DOW-UAP-D48, Department of the Air Force Report, 1996
Agency: Department of War
Incident date: 9/10/96
Page 97
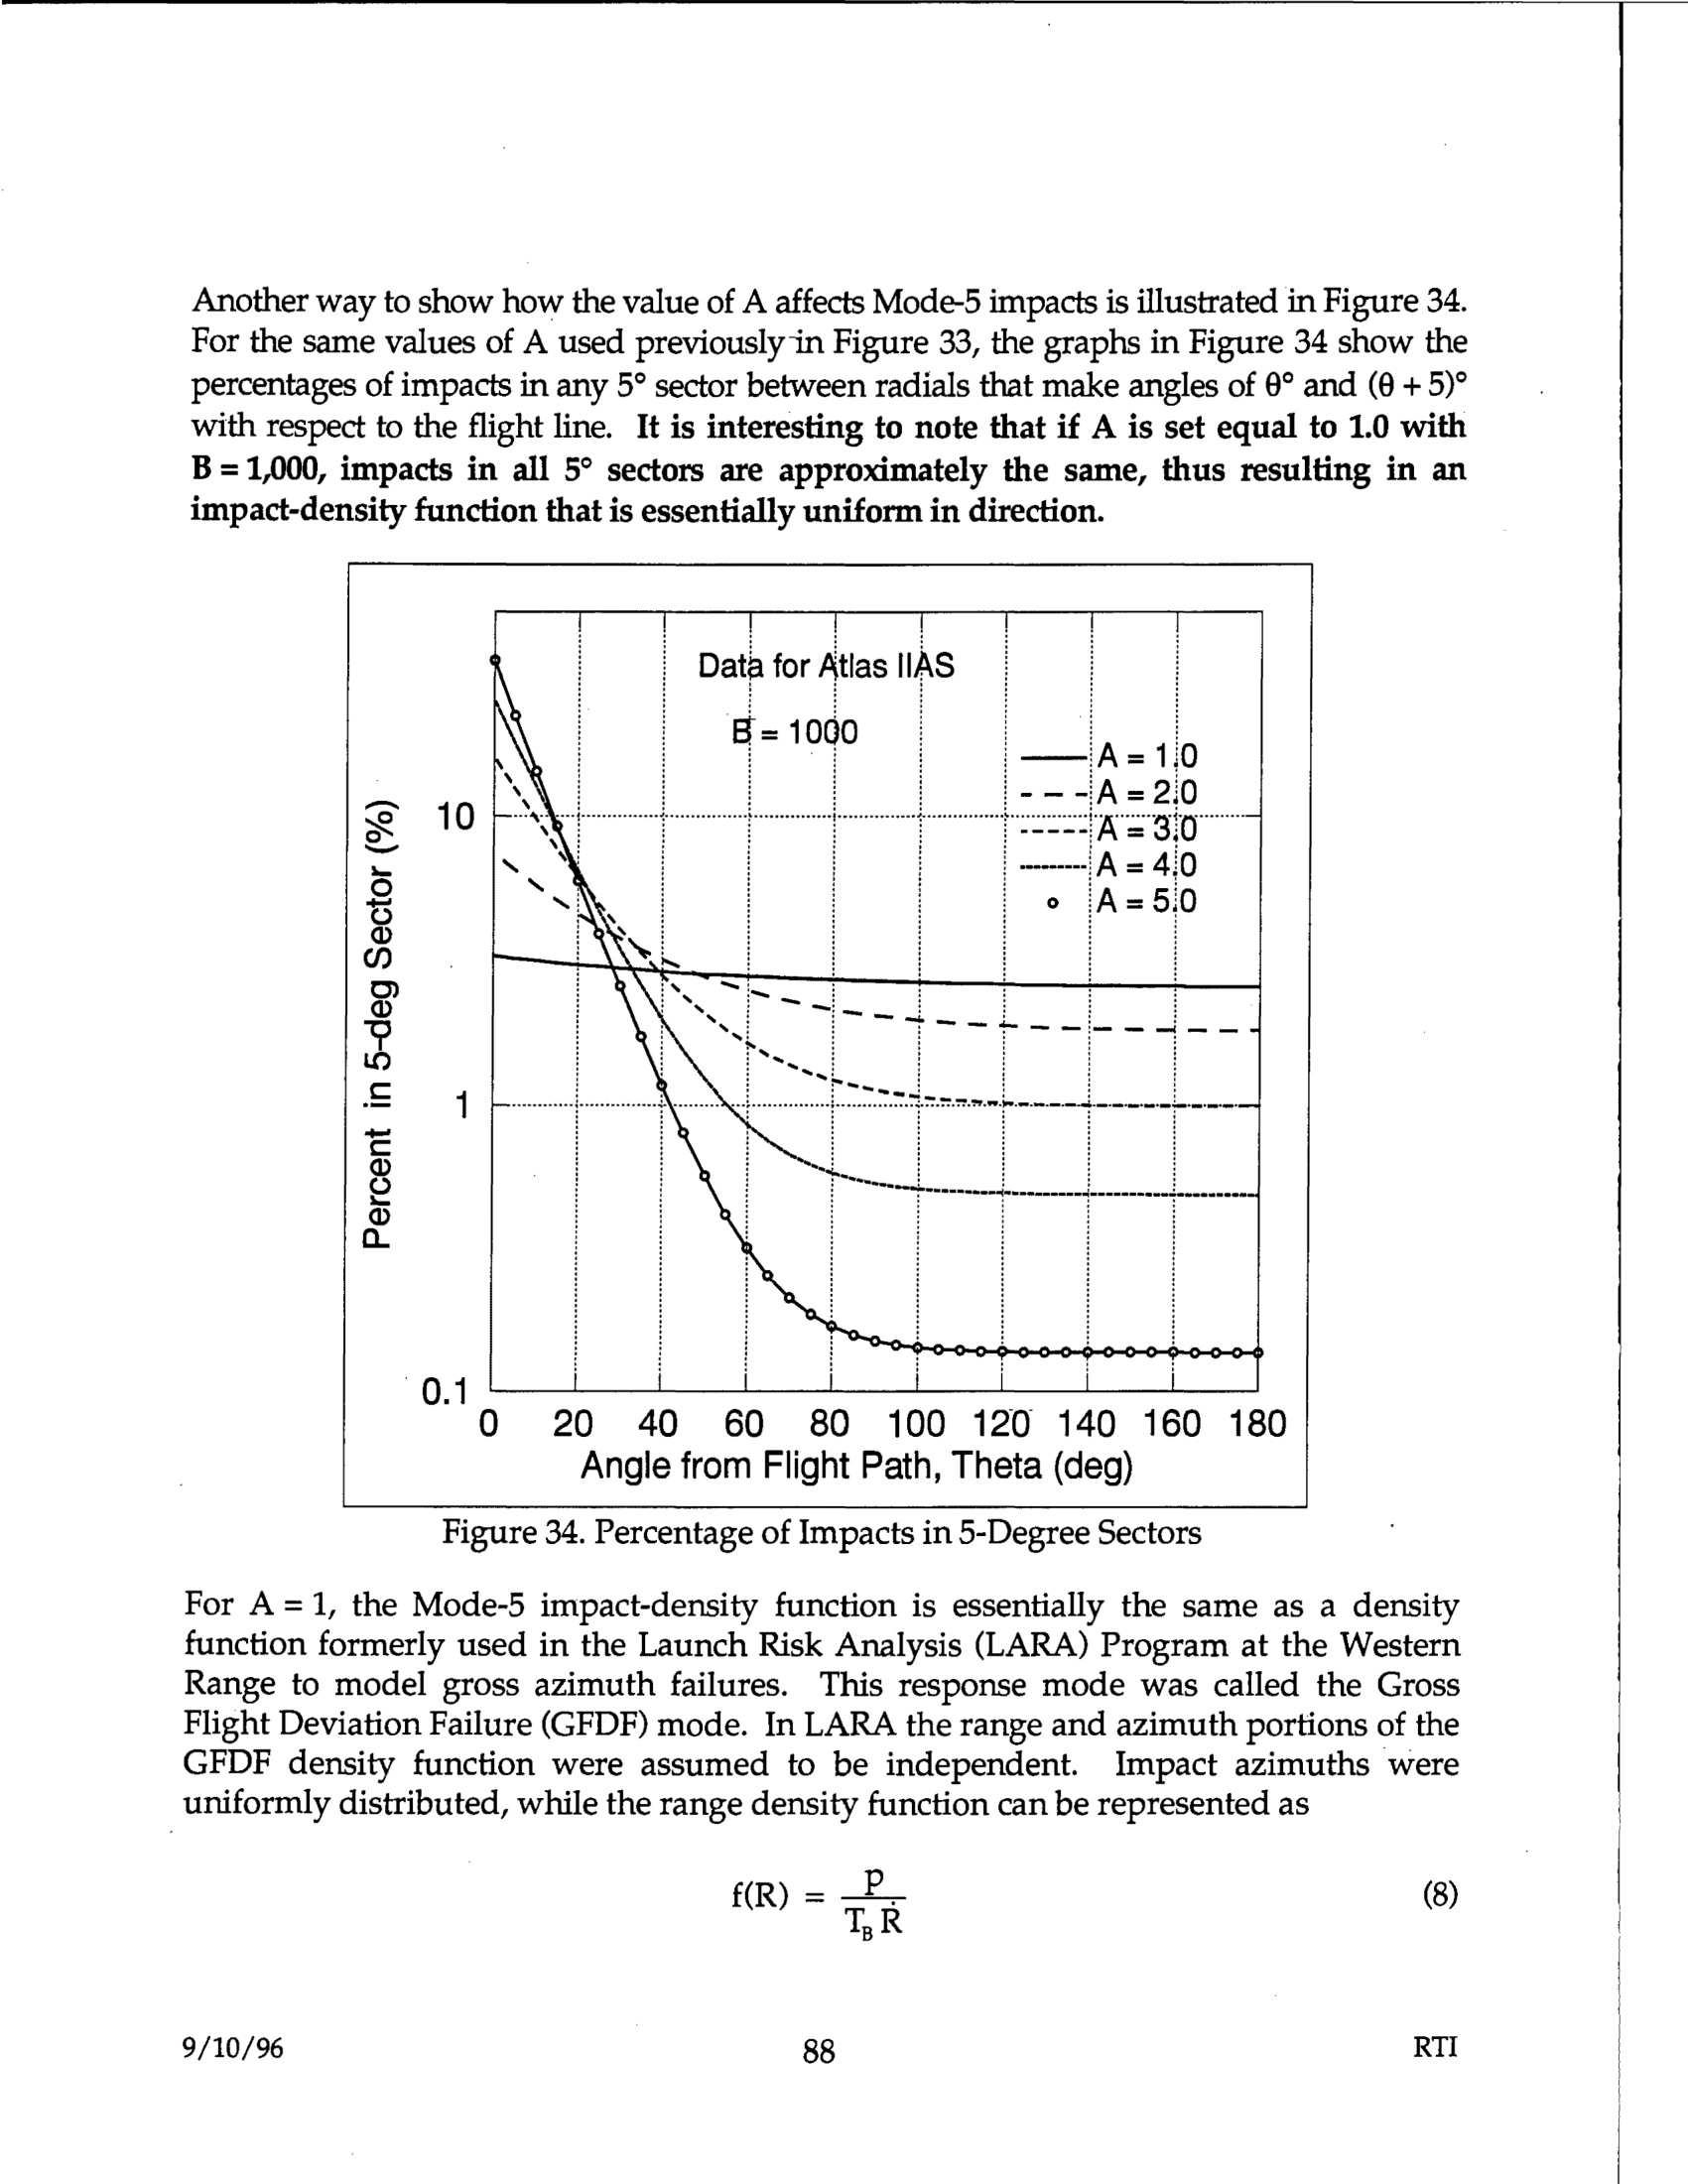